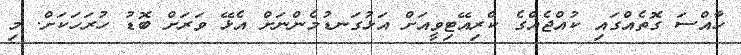
ހާއްސަ ގޮތެއްގައި ކުއްޖެއްގެ ކްރިއޭޓިވީއަށް އަޅުގަނޑުމެންނަށް އެޅޭ ވަރަށް ބޮޑު ހުރަހަކަށް. މި